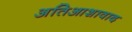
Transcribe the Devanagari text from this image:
अतिआशावाद